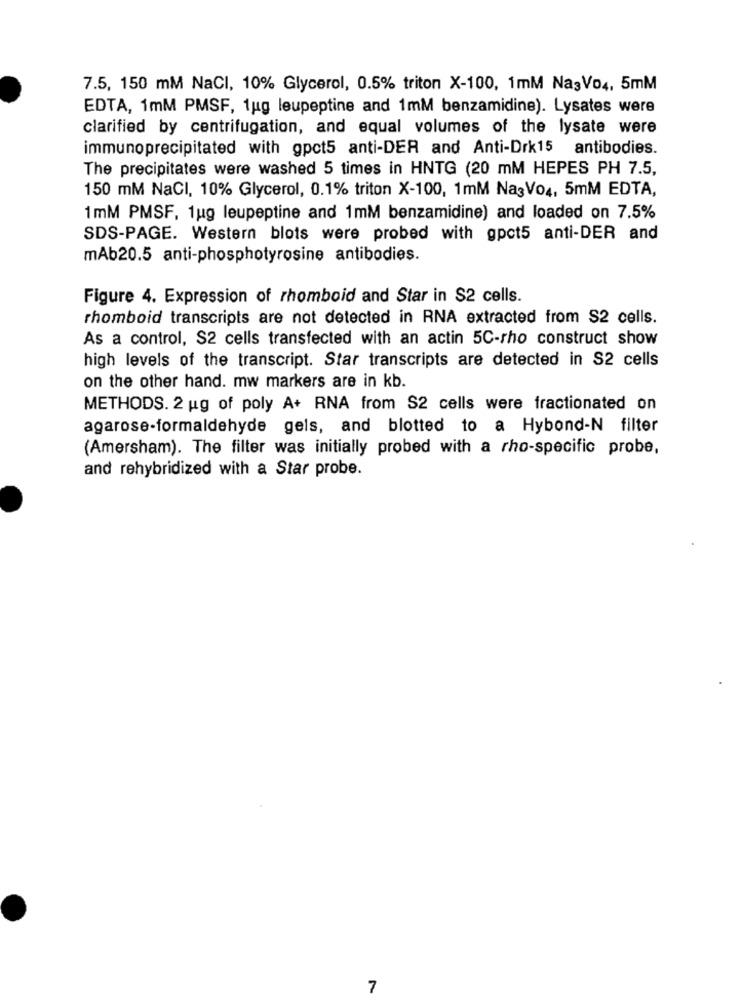
7.5, 150 mM NaCI, 10% Glycerol, 0.5% triton X-100, 1mM Na3Vo4, 5mM
EDTA, 1mM PMSF, 1ug leupeptine and 1mM benzamidine). Lysates were
clarified by centrifugation, and equal volumes of the lysate were
immunoprecipitated with gpct5 anti-DER and Anti-Drk15 antibodies.
The precipitates were washed 5 times in HNTG (20 mM HEPES PH 7.5,
150 mM NaCI, 10% Glycerol, 0.1% triton X-100, 1mM NagVo4, 5mM EDTA,
1mM PMSF, 1ug leupeptine and 1mM benzamidine) and loaded on 7.5%
SDS-PAGE. Western blots were probed with gpot5 anti-DER and
mAb20.5 anti-phosphotyrosine antibodies.
Figure 4. Expression of rhomboid and Star in S2 cells.
rhomboid transcripts are not detected in RNA extracted from S2 cells.
As a control, S2 cells transfected with an actin 5C-rho construct show
high levels of the transcript. Star transcripts are detected in S2 cells
on the other hand. mw markers are in kb.
METHODS. 2 ug of poly A+ RNA from S2 cells were fractionated on
agarose-formaldehyde gels, and blotted to a Hybond-N filter
(Amersham). The filter was initially probed with a rho-specific probe,
and rehybridized with a Star probe.
7